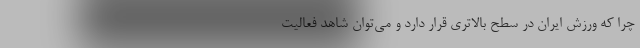
چرا که ورزش ایران در سطح بالاتری قرار دارد و می‌توان شاهد فعالیت